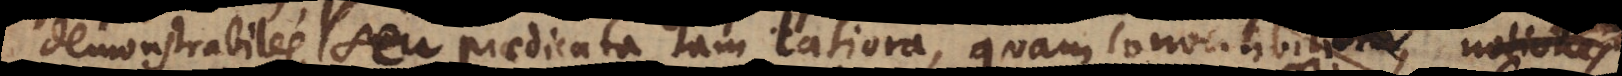
demonstrabiles, seu praedicata tam latiora, quam convertibiliora convert